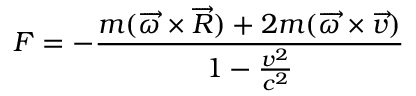
F = - \frac { m ( \overrightarrow { \omega } \times \overrightarrow { R } ) + 2 m ( \overrightarrow { \omega } \times \overrightarrow { v } ) } { 1 - \frac { v ^ { 2 } } { c ^ { 2 } } }